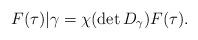
LaTeX: \begin{align*}F(\tau)|\gamma=\chi(\det D_\gamma)F(\tau).\end{align*}